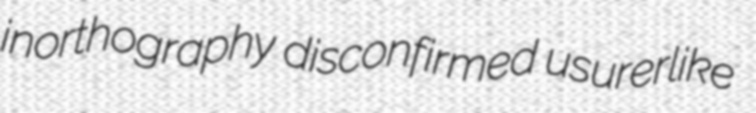
inorthography disconfirmed usurerlike